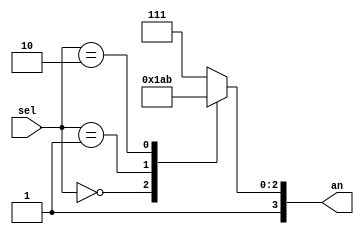
`timescale 1ns / 1ps
//////////////////////////////////////////////////////////////////////////////////
// Company: 
// 
// Design Name: 
// Module Name: Decoder2to4_s
// Project Name: 
// Target Devices: 
// Tool Versions: 
// Description: uses counter to control seven segment enable (an), 4th display always off
// 
// Dependencies: 
// 
// Revision:
// Revision 0.01 - File Created
// Additional Comments:
// 
//////////////////////////////////////////////////////////////////////////////////


module Decoder2to4_s(an, sel);

    input [1:0] sel; 

    output reg [3:0] an; 

    always @(sel) begin
        case (sel)
            2'b00 : an = 4'b1110; 
            2'b01 : an = 4'b1101; 
            2'b10 : an = 4'b1011;  
            default: 
            an = 4'b1111;
        endcase
    end
    
endmodule